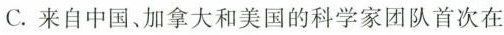
C.来自中国、加拿大和美国的科学家团队首次在